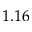
1 . 1 6